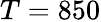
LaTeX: T=850